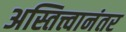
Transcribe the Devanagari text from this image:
अस्तित्त्वानंतर